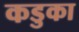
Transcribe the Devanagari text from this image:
कडुका